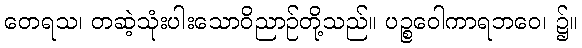
တေရသ၊ တဆဲ့သုံးပါးသောဝိညာဉ်တို့သည်။ ပဉ္စဝေါကာရဘဝေ၊ ၌။